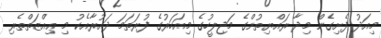
މިއަދު ފެށިގެން މިދާ ރައްޔިތުންގެ މަޖިލީހުގެ މިއަހަރުގެ ފުރަތަމަ ދައުރާއެކު މި ޢިއްޒަތްތެރި